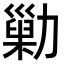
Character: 𠢶